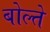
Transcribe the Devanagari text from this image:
बोल्ते